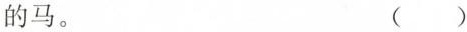
的马。 ( )